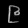
Digit: ၉